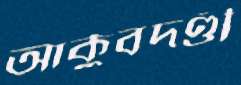
আকুবদণ্ডী